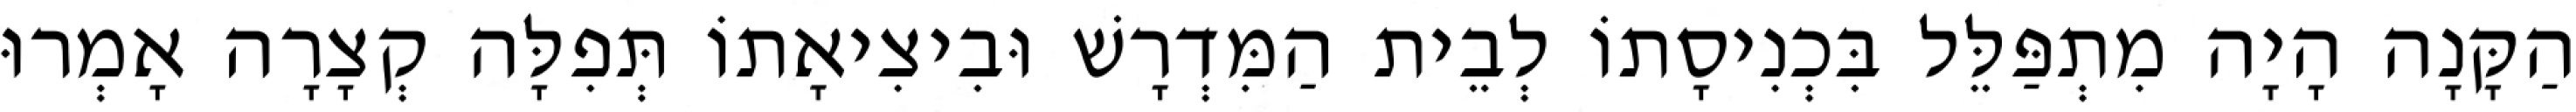
הַקָּנָה הָיָה מִתְפַּלֵּל בִּכְנִיסָתוֹ לְבֵית הַמִּדְרָשׁ וּבִיצִיאָתוֹ תְּפִלָּה קְצָרָה אָמְרוּ